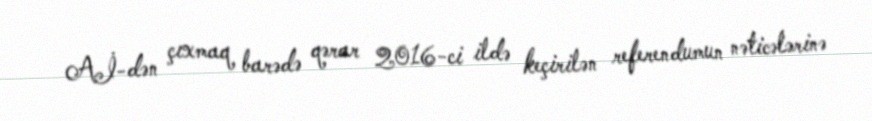
Aİ-dən çıxmaq barədə qərar 2016-ci ildə keçirilən referendumun nəticələrinə